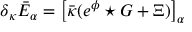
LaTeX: \delta _ { \kappa } \bar { E } _ { \alpha } = \big [ \bar { \kappa } ( e ^ { \phi } \star G + \Xi ) \big ] _ { \alpha }